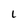
Character: L